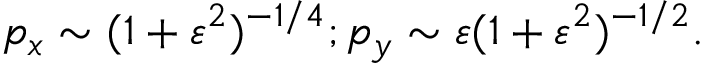
p _ { x } \sim ( 1 + \varepsilon ^ { 2 } ) ^ { - 1 / 4 } ; p _ { y } \sim \varepsilon ( 1 + \varepsilon ^ { 2 } ) ^ { - 1 / 2 } .